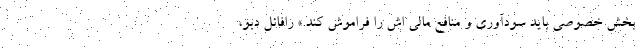
بخش خصوصی باید سودآوری و منافع مالی اش را فراموش کند.» رافائل دبو،